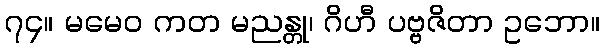
၇၄။ မမေဝ ကတ မညန္တု၊ ဂိဟီ ပဗ္ဗဇိတာ ဥဘော။